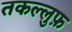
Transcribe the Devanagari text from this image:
तकल्लुफ़